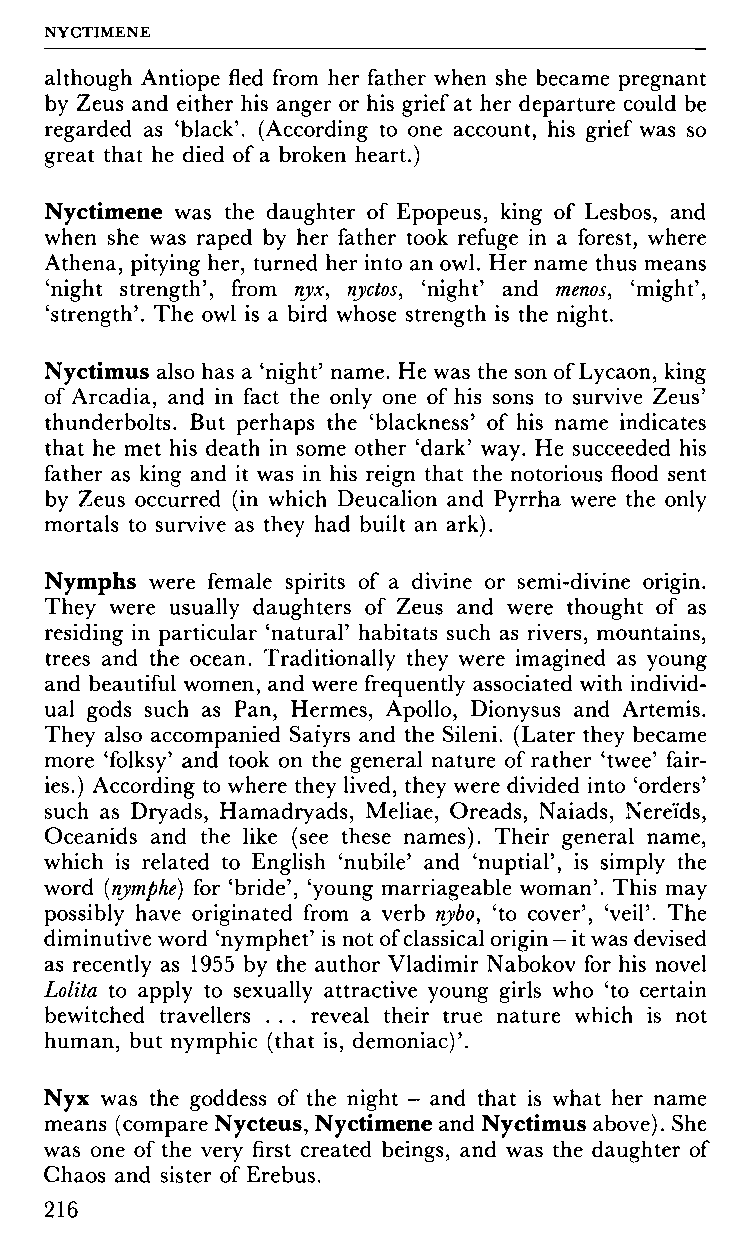
NYCTIMENE
 although Antiope fled from her father when she became pregnant
 by Zeus and either his anger or his grief at her departure could be
 regarded as 'black'. (According to one account, his grief was so
 great that he died of a broken heart.)
 Nyctimene was the daughter of Epopeus, king of Lesbos, and
 when she was raped by her father took refuge in a forest, where
 Athena, pitying her, turned her into an owl. Her name thus means
 'night strength', from nyx, nyctos, 'night' and menos, 'might',
 'strength'. The owl is a bird whose strength is the night.
 Nyctimus also has a 'night' name. He was the son of Lycaon, king
 of Arcadia, and in fact the only one of his sons to survive Zeus'
 thunderbolts. But perhaps the 'blackness' of his name indicates
 that he met his death in some other 'dark' way. He succeeded his
 father as king and it was in his reign that the notorious flood sent
 by Zeus occurred (in which Deucalion and Pyrrha were the only
 mortals to survive as they had built an ark).
 Nymphs were female spirits of a divine or semi-divine origin.
 They were usually daughters of Zeus and were thought of as
 residing in particular 'natural' habitats such as rivers, mountains,
 trees and the ocean. Traditionally they were imagined as young
 and beautiful women, and were frequently associated with individ
 ual gods such as Pan, Hermes, Apollo, Dionysus and Artemis.
 They also accompanied Satyrs and the Sileni. (Later they became
 more 'folksy' and took on the general nature of rather 'twee' fair
 ies.) According to where they lived, they were divided into Orders'
 such as Dryads, Hamadryads, Meliae, Oreads, Naiads, Nereids,
 Oceanids and the like (see these names). Their general name,
 which is related to English 'nubile' and 'nuptial', is simply the
 word (nymphe) for 'bride', 'young marriageable woman'. This may
 possibly have originated from a verb nybo, 'to cover', 'veil'. The
 diminutive word 'nymphet' is not of classical origin - it was devised
 as recently as 1955 by the author Vladimir Nabokov for his novel
 Lolita to apply to sexually attractive young girls who 'to certain
 bewitched travellers . . . reveal their true nature which is not
 human, but nymphic (that is, demoniac)'.
 Nyx was the goddess of the night - and that is what her name
 means (compare Nycteus, Nyctimene and Nyctimus above). She
 was one of the very first created beings, and was the daughter of
 Chaos and sister of Erebus.
 216